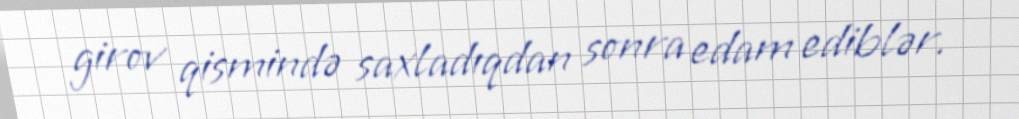
girov qismində saxladıqdan sonra edam ediblər.